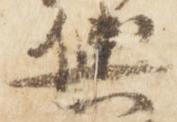
輿